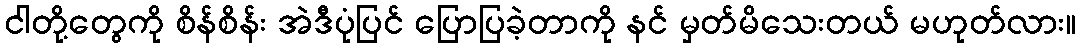
ငါတို့တွေကို စိန်စိန်း အဲဒီပုံပြင် ပြောပြခဲ့တာကို နင် မှတ်မိသေးတယ် မဟုတ်လား။